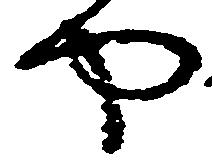
や